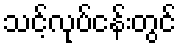
သင့်လုပ်ငန်းတွင်